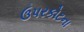
ઉપરકોટના